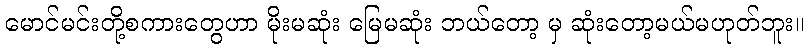
မောင်မင်းတို့စကားတွေဟာ မိုးမဆုံး မြေမဆုံး ဘယ်တော့ မှ ဆုံးတော့မယ်မဟုတ်ဘူး။